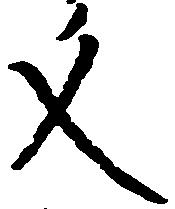
文